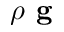
\rho \textbf { g }